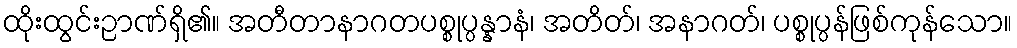
ထိုးထွင်းဉာဏ်ရှိ၏။ အတီတာနာဂတပစ္စုပ္ပန္နာနံ၊ အတိတ်၊ အနာဂတ်၊ ပစ္စုပ္ပန်ဖြစ်ကုန်သော။